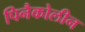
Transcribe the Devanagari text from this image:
पिनैकोलीन